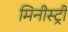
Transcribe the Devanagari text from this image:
मिनीस्‍ट्री